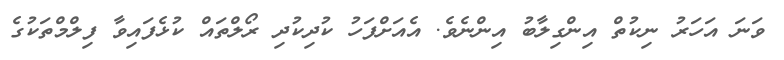
ވަނަ އަހަރު ނިކުތް އިންގިލާބު އިންނެވެ. އެއަށްފަހު ކުދިކުދި ރޯލްތައް ކުޅެފައިވާ ފިލްމްތަކުގެ